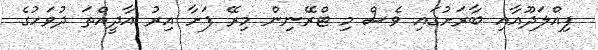
ފިއްލަދޫއާއި ބާރަށުގައި ވެސް މި ޓްރޭނިން މިރޭ ފަށާ އިރު އާދީއްތަ ދުވަހުގެ